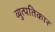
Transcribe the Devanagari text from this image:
व्युत्पतिकार